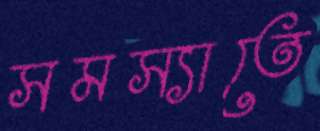
সমস্যাতে